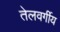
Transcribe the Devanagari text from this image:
तेलवर्गीय